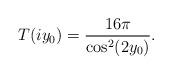
LaTeX: \begin{align*} T(iy_0)=\frac{16\pi}{\cos^2(2y_0)}.\end{align*}